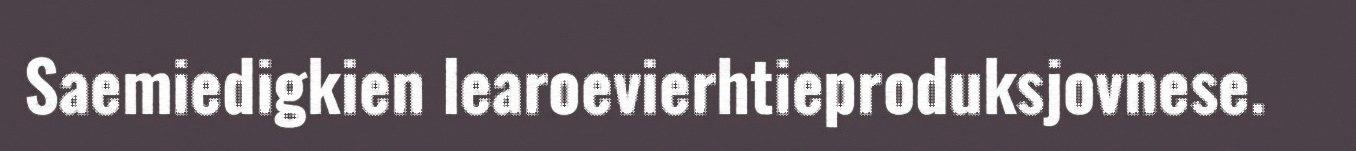
Saemiedigkien learoevierhtieproduksjovnese.